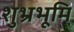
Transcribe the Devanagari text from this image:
शुभ्रभूमि